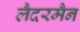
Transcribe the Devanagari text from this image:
लैदरमैन